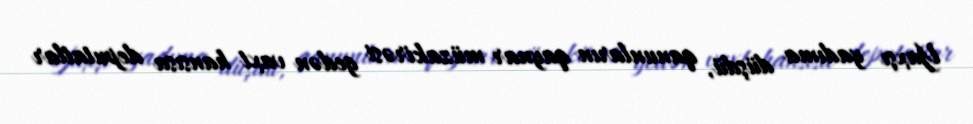
Yaxşı yadıma düşdü, qanunların qaynar müzakirəsi gedən vaxt hansısa deputatlar